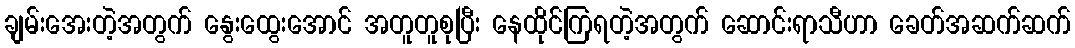
ချမ်းအေးတဲ့အတွက် နွေးထွေးအောင် အတူတူစုပြီး နေထိုင်ကြရတဲ့အတွက် ဆောင်းရာသီဟာ ခေတ်အဆက်ဆက်